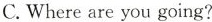
C.Where are you going?